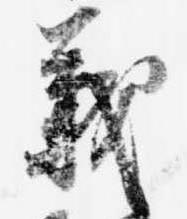
義